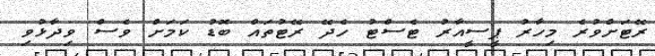
ރޭޓަށްވުރެ މިހާރު ޕީސީއާރު ޓެސްޓު ހެދޭ ރޭޓުތައް ބޮޑު ކަމަށް ވެސް ވިދާޅުވި